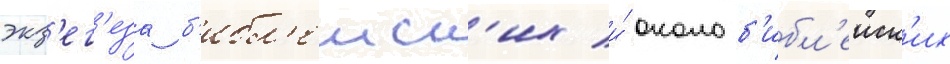
экз'ег'еза б'ибл'еиск'их и́ околоб'ибл'еиск'их